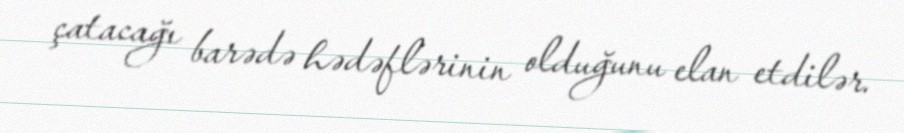
çatacağı barədə hədəflərinin olduğunu elan etdilər.